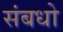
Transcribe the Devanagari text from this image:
संबधो